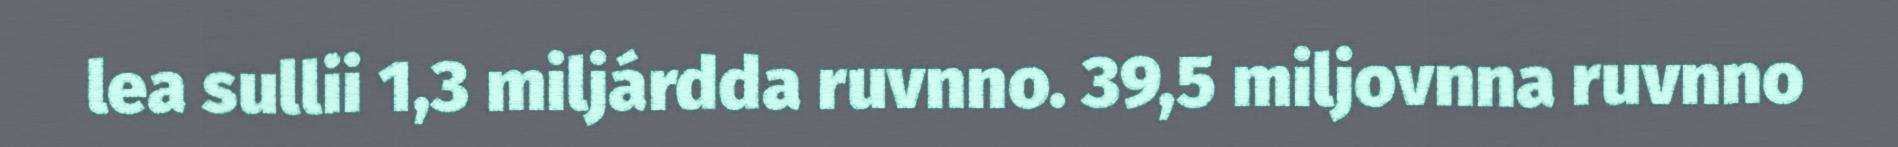
lea sullii 1,3 miljárdda ruvnno. 39,5 miljovnna ruvnno